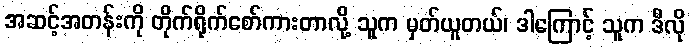
အဆင့်အတန်းကို တိုက်ရိုက်စော်ကားတာလို့ သူက မှတ်ယူတယ်၊ ဒါကြောင့် သူက ဒီလို